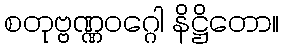
စတုဗ္ဗဏ္ဏဝဂ္ဂေါ နိဋ္ဌိတော။